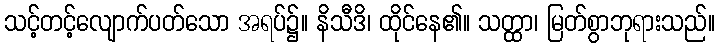
သင့်တင့်လျောက်ပတ်သော အရပ်၌။ နိသီဒိ၊ ထိုင်နေ၏။ သတ္ထာ၊ မြတ်စွာဘုရားသည်။